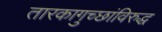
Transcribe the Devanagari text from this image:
तारकागुच्छांविरुद्ध